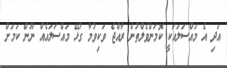
އަދި އެ މައްސަލައަކީ ކޮމަންވެލްތުން ރާއްޖެ ވަކިވުމާ ގުޅޭ މައްސަލައެއް ނޫން ކަމަށް